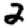
Digit: 2